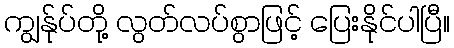
ကျွန်ုပ်တို့ လွတ်လပ်စွာဖြင့် ပြေးနိုင်ပါပြီ။